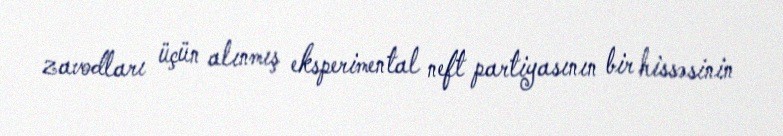
zavodları üçün alınmış eksperimental neft partiyasının bir hissəsinin